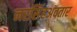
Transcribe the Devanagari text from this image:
नरसिंहअवतार